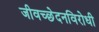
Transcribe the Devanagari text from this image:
जीवच्छेदनविरोधी